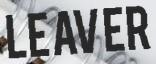
LEAVER